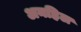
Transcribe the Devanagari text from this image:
अनहिल